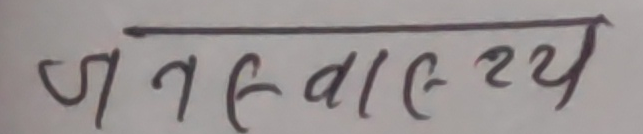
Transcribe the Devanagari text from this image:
जगत् कल्याण